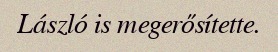
László is megerősítette.